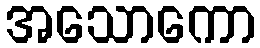
အသောကော